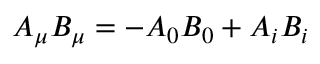
A _ { \mu } B _ { \mu } = - A _ { 0 } B _ { 0 } + A _ { i } B _ { i }